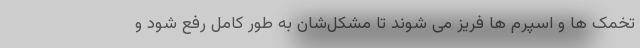
تخمک ها و اسپرم ها فریز می شوند تا مشکل‌شان به طور کامل رفع شود و